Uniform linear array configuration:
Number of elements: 4
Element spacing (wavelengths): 0.25
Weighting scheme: exponential
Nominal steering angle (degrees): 60
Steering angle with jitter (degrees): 59.263
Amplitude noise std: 0.05
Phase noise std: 0.05

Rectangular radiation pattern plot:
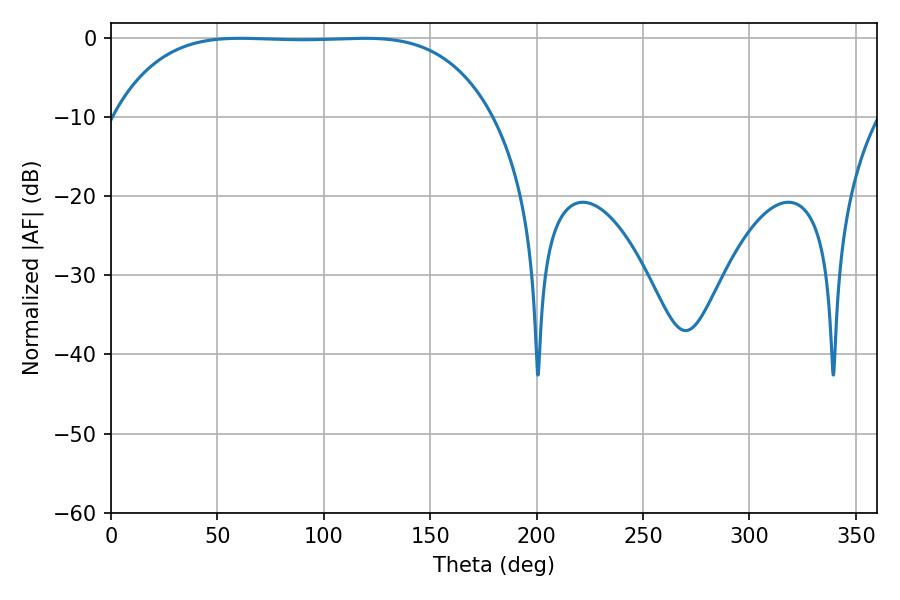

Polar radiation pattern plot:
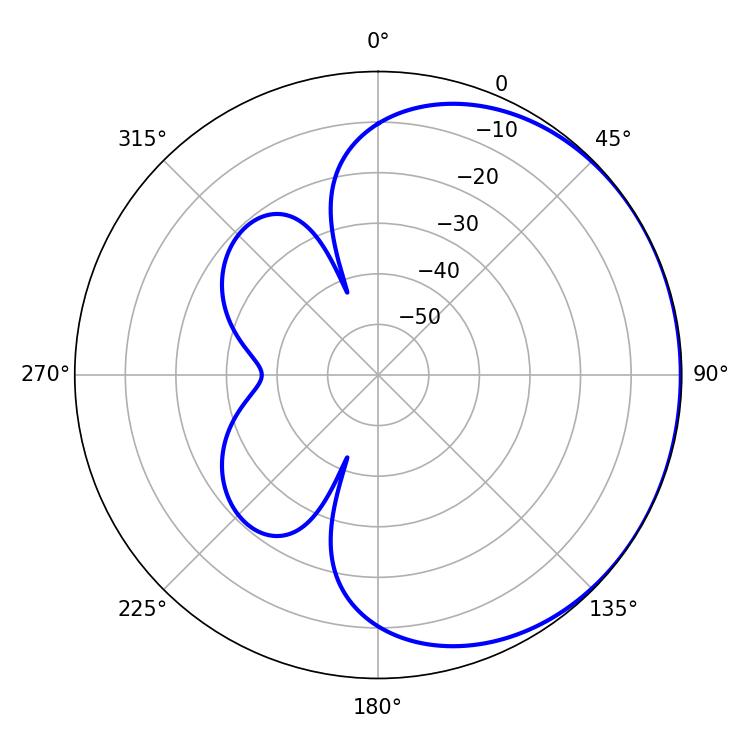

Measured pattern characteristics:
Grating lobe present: FALSE
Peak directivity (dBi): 0.5331
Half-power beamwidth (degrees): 137.16
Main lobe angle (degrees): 60.66